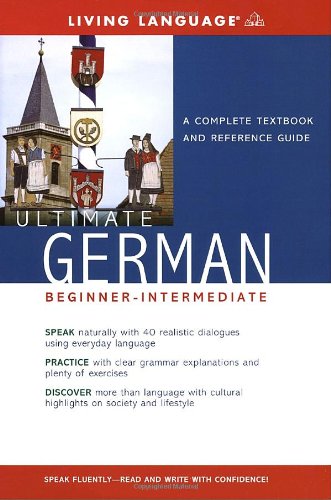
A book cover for Ultimate German Beginner-Intermediate (Coursebook) (Ultimate Beginner-Intermediate); Living Language; Travel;